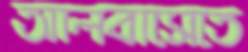
আলবাসেতে